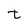
Character: t